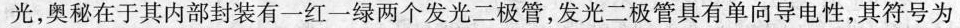
光，奥秘在于其内部封装有一红一绿两个发光二极管，发光二极管具有单向导电性，其符号为